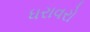
ધરાવરો